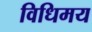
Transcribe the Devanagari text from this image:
विधिमय